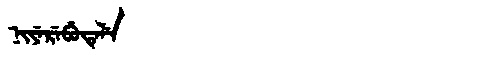
Manchu: ᠨᡳᠶᡝᡵᡝᠪᡠᡨᡝᠯᡝ
Romanization: NIYEREBUTELE